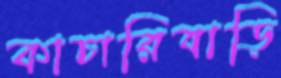
কাচারিবাড়ি